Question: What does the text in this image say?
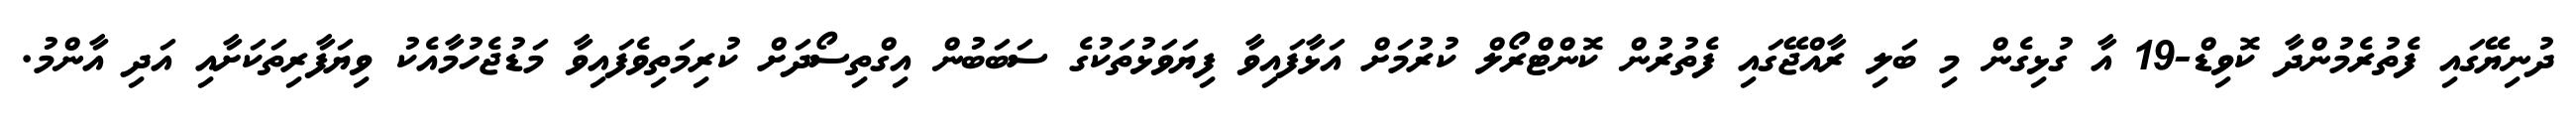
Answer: ދުނިޔޭގައި ފެތުރެމުންދާ ކޮވިޑް-19 އާ ގުޅިގެން މި ބަލި ރާއްޖޭގައި ފެތުރުން ކޮންޓްރޯލް ކުރުމަށް އަޅާފައިވާ ފިޔަވަޅުތަކުގެ ސަބަބުން އިގްތިސޯދަށް ކުރިމަތިވެފައިވާ މަޑުޖެހުމާއެކު ވިޔަފާރިތަކަށާއި އަދި އާންމު.